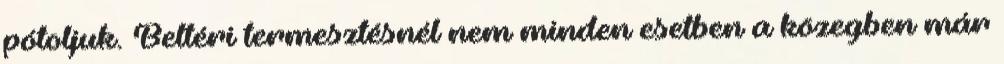
pótoljuk. Beltéri termesztésnél nem minden esetben a közegben már